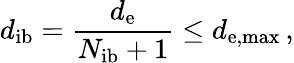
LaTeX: d_{\mathrm{ib}}=\frac{d_{\mathrm{e}}}{N_{\mathrm{ib}}+1}\le d_{\mathrm{e,max}}\, ,